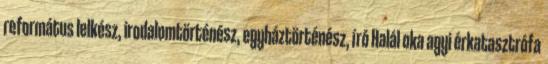
református lelkész, irodalomtörténész, egyháztörténész, író Halál oka agyi érkatasztrófa